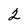
Character: 2